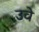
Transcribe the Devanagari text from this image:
उवे